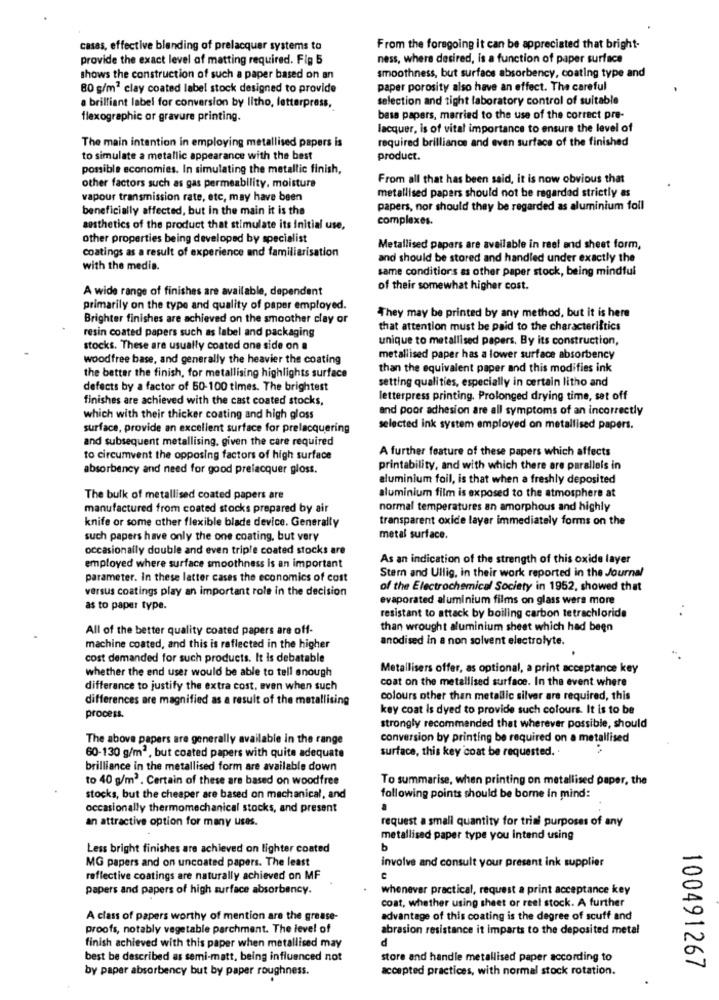
casas, effective blanding of prelacquer systems to
From the foregoing it can be appreciated that bright-
provide the exact level of matting required. Fig 5
ness, where desired, is a function of paper surface
shows the construction of such a paper based on an
smoothness, but surface absorbency, coating type and
80 g/m2 clay coated label stock designed to provide
paper porosity also have an effect. The careful
selection and tight laboratory control of suitable
a brilliant label for conversion by litho, letterpress,
flexographic or gravure printing.
base papers, married to the use of the correct pre-
lacquer, is of vital importance to ensure the level of
The main intention in employing metallised papers is
required brilliance and even surface of the finished
to simulate a metallic appearance with the best
product.
possible economies. In simulating the metallic finish,
From all that has been said, it is now obvious that
other factors such as gas permeability, moisture
metallised papers should not be regardad strictly as
vapour transmission rate, etc, may have been
beneficially affected, but in the main it is the
papers, nor should they be regarded as aluminium foil
complexes.
aesthetics of the product that stimulate its initial use,
other properties being developed by specialist
coatings as a result of experience and familiarisation
Metallised papers are available in reel and sheet form,
and should be stored and handled under exactly the
with the media.
same conditions as other paper stock, being mindful
A wide range of finishes are available, dependent
of their somewhat higher cost.
primarily on the type and quality of paper employed.
Brighter finishes are achieved on the smoother clay or
They may be printed by any method, but it is here
that attention must be paid to the characteristics
resin coated papers such as label and packaging
unique to metallised papers. By its construction,
stocks. These are usually coated one side on a
woodfree base, and generally the heavier the coating
metallised paper has a lower surface absorbency
than the equivalent paper and this modifies ink
the better the finish, for metallising highlights surface
setting qualities, especially in certain litho and
defects by a factor of 50-100 times. The brightest
finishes are achieved with the cast coated stocks,
letterpress printing. Prolonged drying time, set off
and poor adhesion are all symptoms of an incorrectly
which with their thicker coating and high gloss
surface, provide an excellent surface for prelacquering
selected ink system employed on metallised papers.
and subsequent metallising, given the care required
A further feature of these papers which affects
to circumvent the opposing factors of high surface
absorbency and need for good prelacquer gloss.
printability, and with which there are parallels in
aluminium foil, is that when a freshly deposited
The bulk of metallised coated papers are
aluminium film is exposed to the atmosphere at
manufactured from coated stocks prepared by air
normal temperatures an amorphous and highly
knife or some ather flexible blade device. Generally
transparent oxide layer immediately forms on the
such papers have only the one coating, but very
metal surface.
occasionally double and even triple coated stocks are
As an indication of the strength of this oxide layer
employed where surface smoothness is an important
parameter. In these latter cases the economics of cost
Stern and Ullig, in their work reported in the Journal
versus coatings play an important role in the decision
of the Electrochemical Society in 1952, showed that
evaporated aluminium films on glass wers more
as to paper type.
resistant to attack by boiling carbon tetrachloride
All of the better quality coated papers are off-
than wrought aluminium sheet which had been
anodised in a non solvent electrolyte.
machine coated, and this is reflected in the higher
cost demanded for such products. It is debatable
whether the end user would be able to tell enough
Metallisers offer, as optional, a print acceptance key
coat on the metallised surface. In the event where
differance to justify the extra cost, even when such
differences are magnified as a result of the metallising
colours other than metallic silver are required, this
key coat is dyed to provide such colours. It is to be
process.
strongly recommended that wherever possible, should
The above papers are generally available in the range
conversion by printing be required on a metallised
surface, this key coat be requested. .
60-130 g/m2, but coated papers with quite adequate
brilliance in the metallised form are available down
to 40 g/m2 . Certain of these are based on woodfree
To summarise, when printing on metallised paper, the
stocks, but the cheaper are based on mechanical, and
following points should be borne in mind:
occasionally thermomechanical stocks, and present
an attractive option for many uses.
request a small quantity for trial purposes of any
metallised paper type you intend using
Less bright finishes are achieved on lighter coated
b
MG papers and on uncoated papers. The least
involve and consult your present ink supplier
reflective coatings are naturally achieved on MF
papers and papers of high surface absorbency.
whenever practical, request a print acceptance key
coat, whether using sheet or reel stock. A further
A class of papers worthy of mention are the grease-
advantage of this coating is the degree of scuff and
proofs, notably vegetable parchment. The level of
abrasion resistance it imparts to the deposited metal
finish achieved with this paper when metallised may
d
best be described as semi-matt, being influenced not
store and handle metallised paper according to
by paper absorbency but by paper roughness.
accepted practices, with normal stock rotation.
100491267